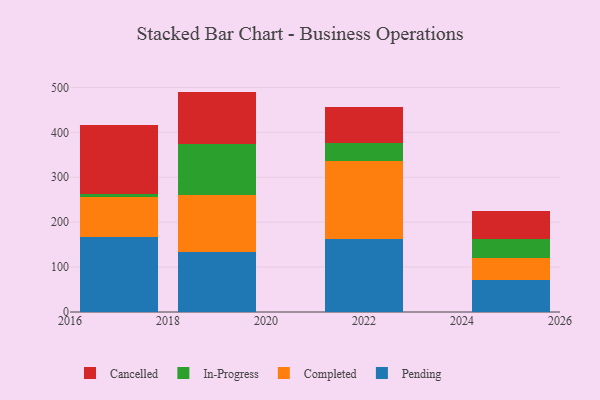
{"axis": {"x": "Year", "y": "Temperature (°C)"}, "legend": ["Cancelled", "Completed", "In-Progress", "Pending"], "data": [{"x": "2025", "y": 70.6, "type": "Pending"}, {"x": "2025", "y": 50.0, "type": "Completed"}, {"x": "2025", "y": 41.7, "type": "In-Progress"}, {"x": "2025", "y": 63.3, "type": "Cancelled"}, {"x": "2019", "y": 132.9, "type": "Pending"}, {"x": "2019", "y": 128.1, "type": "Completed"}, {"x": "2019", "y": 113.2, "type": "In-Progress"}, {"x": "2019", "y": 116.5, "type": "Cancelled"}, {"x": "2022", "y": 162.4, "type": "Pending"}, {"x": "2022", "y": 172.7, "type": "Completed"}, {"x": "2022", "y": 42.1, "type": "In-Progress"}, {"x": "2022", "y": 79.7, "type": "Cancelled"}, {"x": "2017", "y": 166.1, "type": "Pending"}, {"x": "2017", "y": 89.4, "type": "Completed"}, {"x": "2017", "y": 7.5, "type": "In-Progress"}, {"x": "2017", "y": 152.4, "type": "Cancelled"}]}